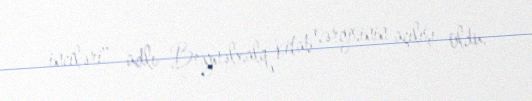
inciləri" adlı Beynəlxalq kitab sərgisinin açılışı oldu.